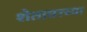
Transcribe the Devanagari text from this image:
शेतावरच्या